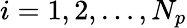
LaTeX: i=1,2,\ldots,N_{p}